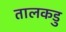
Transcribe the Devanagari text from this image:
तालकडु